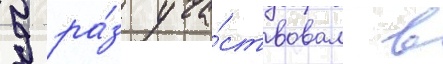
9 ра́з уча́ствовал в